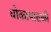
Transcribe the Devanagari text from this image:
धोकापातळी